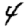
Digit: 4